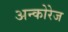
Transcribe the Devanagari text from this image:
अन्कोरेज